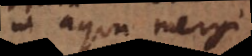
n aqua mergi